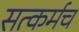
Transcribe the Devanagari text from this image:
सत्कर्मच